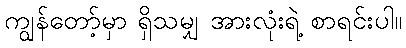
ကျွန်တော့်မှာ ရှိသမျှ အားလုံးရဲ့ စာရင်းပါ။